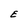
Character: E